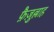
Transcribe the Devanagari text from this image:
फ़ैज़ुल्लाह